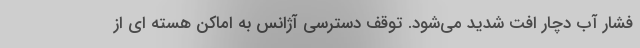
فشار آب دچار افت شدید می‌شود. توقف دسترسی آژانس به اماکن هسته ای از